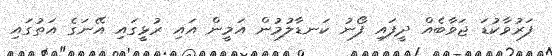
ފަރުވާކުޑަ ޖަވާބެއް ދީފައި ފޯނު ކަނޑާލުމުން އަމީން އައި ރުޅީގައި އޭނަގެ އަތުގައި